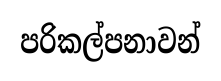
පරිකල්පනාවන්